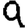
Digit: 9